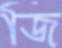
জি